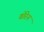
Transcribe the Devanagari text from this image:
वोरेन